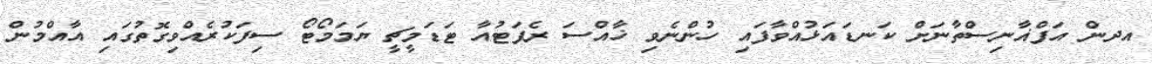
އދން އަފްޣާނިސްތާނަށް ކަނޑައަޅުއްވާފައި ހުންނެވި ޚާއްސަ ރެޕަޓުއާ ޓަޑަމީޗީ ޔަމަމޯޓޯ ސިފަކުރެއްވިގޮތުގައި އާއްމުން